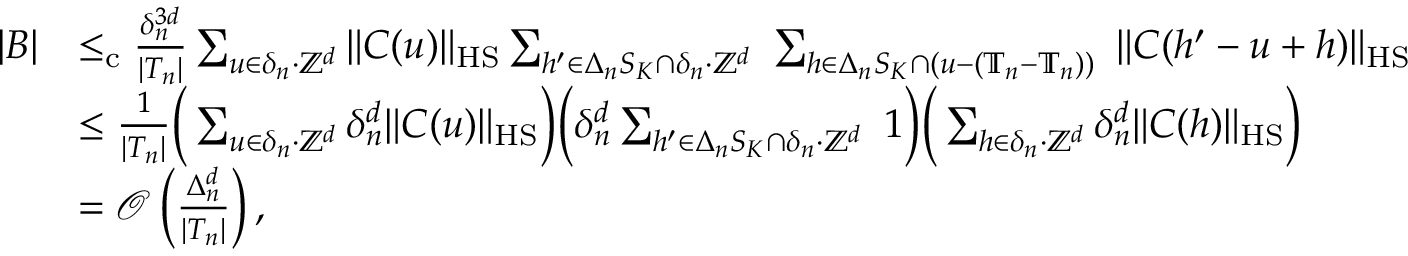
\begin{array} { r l } { | B | } & { \le _ { \mathrm { c } } \frac { \delta _ { n } ^ { 3 d } } { | T _ { n } | } \sum _ { u \in \delta _ { n } \cdot \mathbb { Z } ^ { d } } \| C ( u ) \| _ { \mathrm { H S } } \sum _ { h ^ { \prime } \in \Delta _ { n } S _ { K } \cap \delta _ { n } \cdot \mathbb Z ^ { d } \ } \sum _ { h \in \Delta _ { n } S _ { K } \cap ( u - ( \mathbb T _ { n } - \mathbb T _ { n } ) ) \ } \| C ( h ^ { \prime } - u + h ) \| _ { \mathrm { H S } } } \\ & { \le \frac { 1 } { | T _ { n } | } \Big ( \sum _ { u \in \delta _ { n } \cdot \mathbb { Z } ^ { d } } \delta _ { n } ^ { d } \| C ( u ) \| _ { \mathrm { H S } } \Big ) \Big ( \delta _ { n } ^ { d } \sum _ { h ^ { \prime } \in \Delta _ { n } S _ { K } \cap \delta _ { n } \cdot \mathbb Z ^ { d } \ } 1 \Big ) \Big ( \sum _ { h \in \delta _ { n } \cdot \mathbb { Z } ^ { d } } \delta _ { n } ^ { d } \| C ( h ) \| _ { \mathrm { H S } } \Big ) } \\ & { = \mathcal { O } \left( \frac { \Delta _ { n } ^ { d } } { | T _ { n } | } \right) , } \end{array}